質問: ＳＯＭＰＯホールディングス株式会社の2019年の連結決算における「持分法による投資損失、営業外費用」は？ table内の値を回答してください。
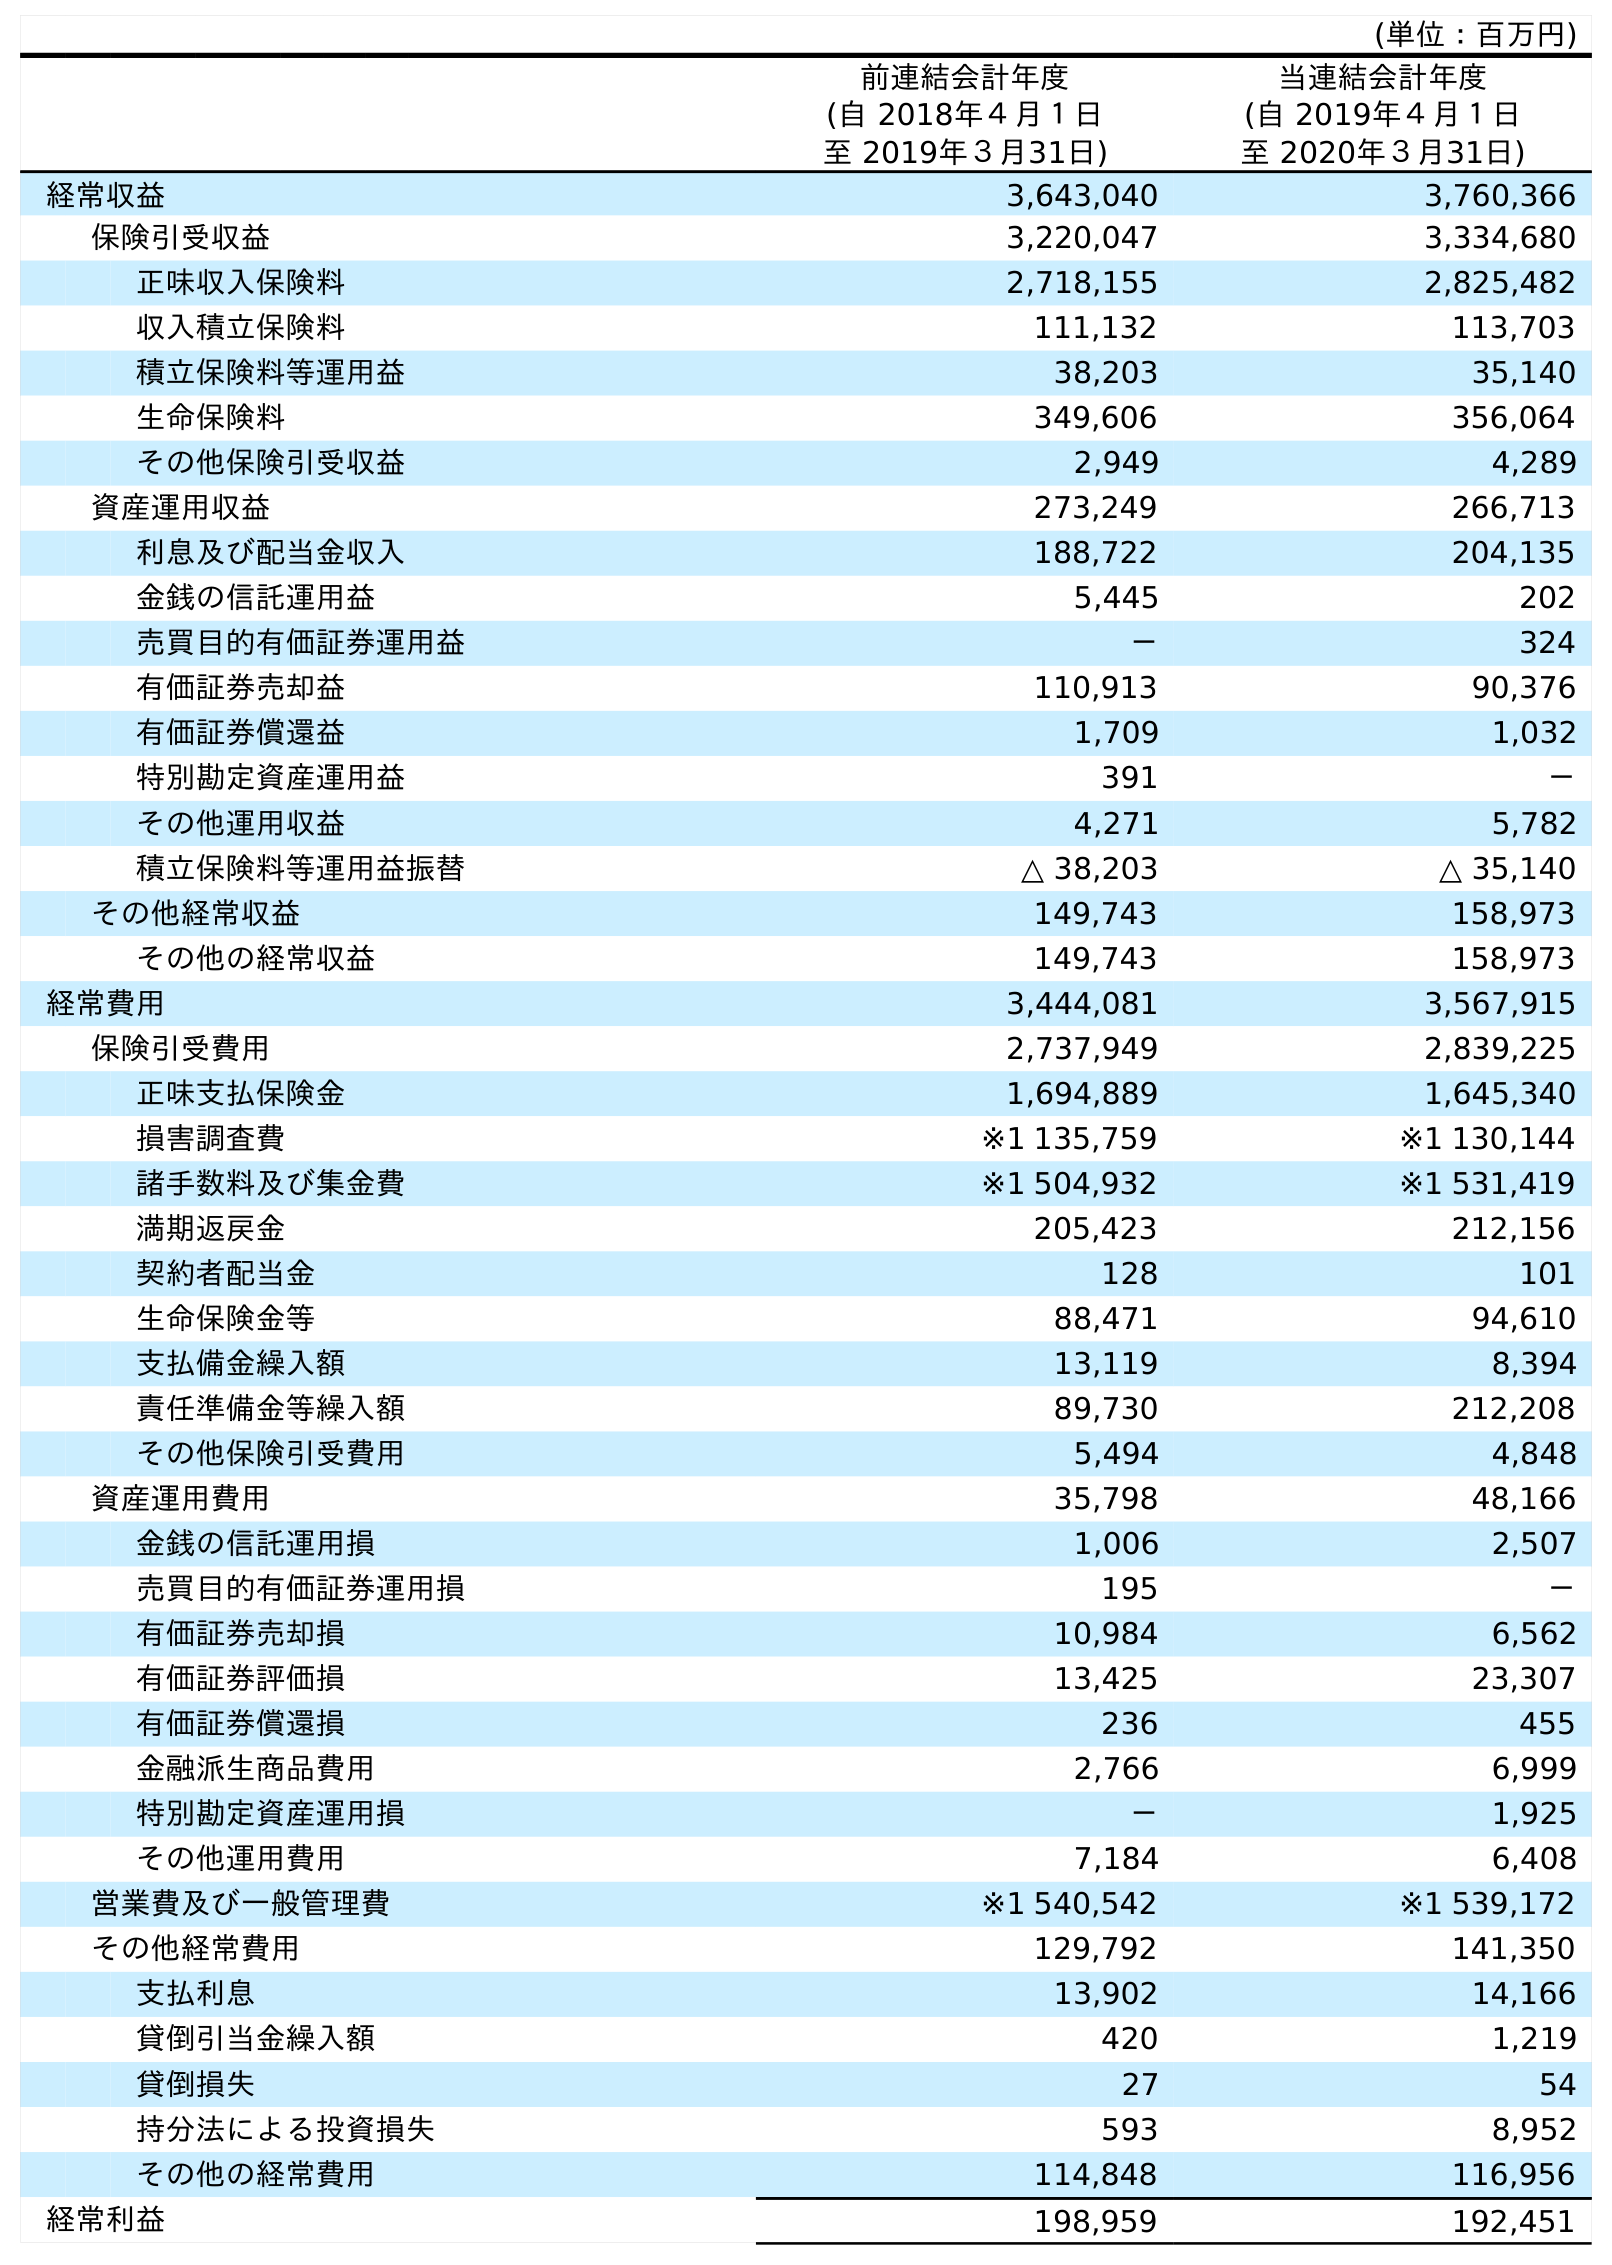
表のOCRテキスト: (単位：百万円) 前連結会計年度 (自 2018年４月１日 至 2019年３月31日) 当連結会計年度 (自 2019年４月１日 至 2020年３月31日) 経常収益 3,643,040 3,760,366 保険引受収益 3,220,047 3,334,680 正味収入保険料 2,718,155 2,825,482 収入積立保険料 111,132 113,703 積立保険料等運用益 38,203 35,140 生命保険料 349,606 356,064 その他保険引受収益 2,949 4,289 資産運用収益 273,249 266,713 利息及び配当金収入 188,722 204,135 金銭の信託運用益 5,445 202 売買目的有価証券運用益 － 324 有価証券売却益 110,913 90,376 有価証券償還益 1,709 1,032 特別勘定資産運用益 391 － その他運用収益 4,271 5,782 積立保険料等運用益振替 △ 38,203 △ 35,140 その他経常収益 149,743 158,973 その他の経常収益 149,743 158,973 経常費用 3,444,081 3,567,915 保険引受費用 2,737,949 2,839,225 正味支払保険金 1,694,889 1,645,340 損害調査費 ※1 135,759 ※1 130,144 諸手数料及び集金費 ※1 504,932 ※1 531,419 満期返戻金 205,423 212,156 契約者配当金 128 101 生命保険金等 88,471 94,610 支払備金繰入額 13,119 8,394 責任準備金等繰入額 89,730 212,208 その他保険引受費用 5,494 4,848 資産運用費用 35,798 48,166 金銭の信託運用損 1,006 2,507 売買目的有価証券運用損 195 － 有価証券売却損 10,984 6,562 有価証券評価損 13,425 23,307 有価証券償還損 236 455 金融派生商品費用 2,766 6,999 特別勘定資産運用損 － 1,925 その他運用費用 7,184 6,408 営業費及び一般管理費 ※1 540,542 ※1 539,172 その他経常費用 129,792 141,350 支払利息 13,902 14,166 貸倒引当金繰入額 420 1,219 貸倒損失 27 54 持分法による投資損失 593 8,952 その他の経常費用 114,848 116,956 経常利益 198,959 192,451
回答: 593